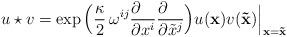
LaTeX: \begin{align*}u \star v = \exp\Big({\kappa\over 2} \, \omega^{ij} {\partial\phantom{x^i}\over\partial x^i}{\partial\phantom{x^j}\over\partial{\tilde x}^j}\Big) u({\bf x}) v({\bf{\tilde x}})\Big\vert_{{\bf x}={\bf{\tilde x}}}\end{align*}